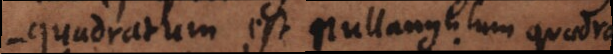
s‐quadratum est nullangulum quadra